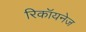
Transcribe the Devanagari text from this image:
रिकॉयनेज